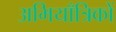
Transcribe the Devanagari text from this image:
अभियाँत्रिकों